Pusta,_Kaarel_Robert, lk 4
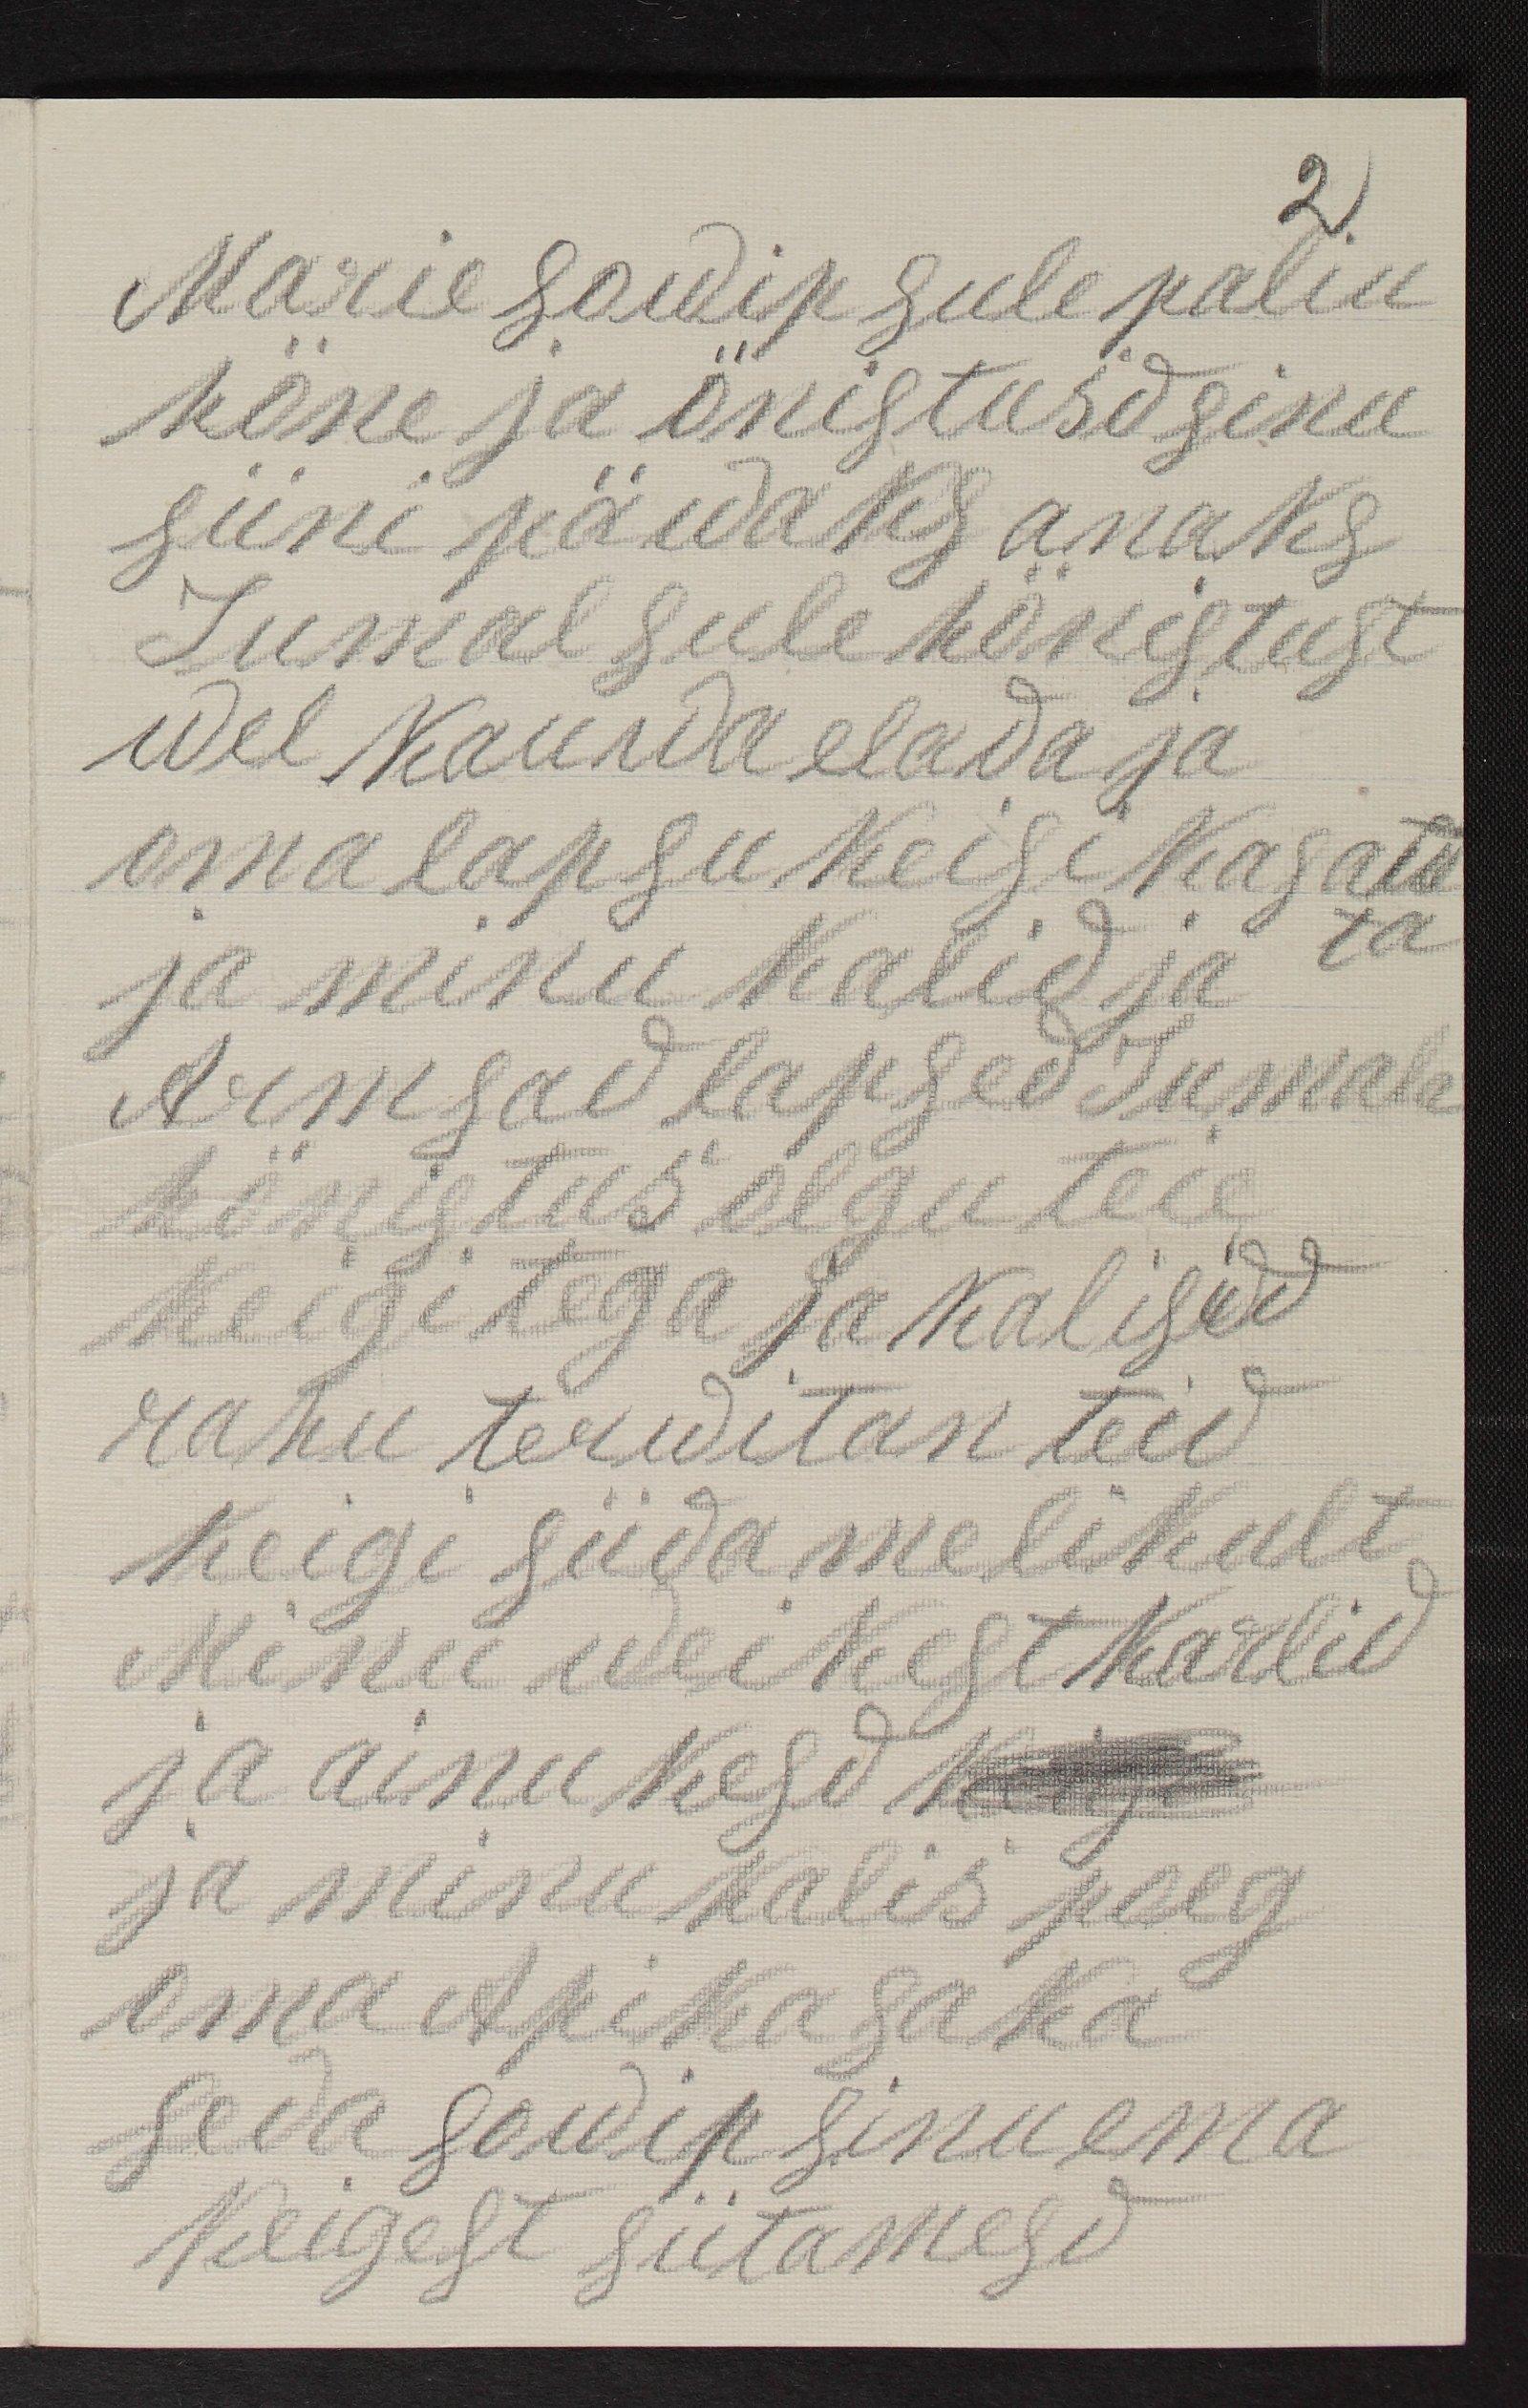
2
Marie sowip sule paliu
höne ja önistusd sinu
sünipäwaks anaks
Jumal sule hönistust
wel kauwa elada ja
oma lapsu keigi kasata
ja minu kalid ja
ta
Armsad lapsed Jumala
hönistus olgu teie
keigitega ja kalisidd
rahu terwitan teid
keigi südamelikult
Minu weikest Karlid
ja ainukesd kuus
ja minu kalis poeg
Oma Apikasaka
seda sowip sinu ema
keigest sütamesd